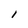
Character: l